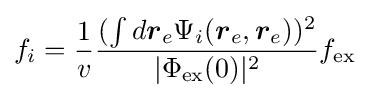
f_{i}={\frac {1}{v}}{\frac {(\int d{\boldsymbol {r}}_{e}\Psi _{i}({\boldsymbol {r}}_{e},{\boldsymbol {r}}_{e}))^{2}}{|\Phi _{\rm {ex}}(0)|^{2}}}f_{\rm {ex}}